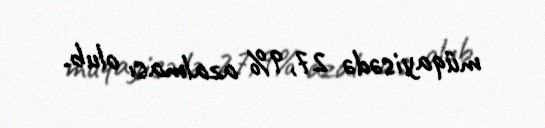
müqayisədə 27,9% azalması olub.